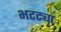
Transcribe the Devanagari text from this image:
भटट्या